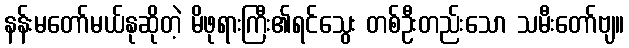
နန်းမတော်မယ်နုဆိုတဲ့ မိဖုရားကြီး၏ရင်သွေး တစ်ဦးတည်းသော သမီးတော်ဗျ။